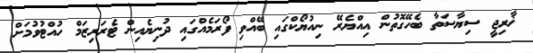
ޚާރިޖީ ސިޔާސަތާ ބެހޭގޮތުން އިއްޔެރޭ ނިއުޔޯކްގައި ބޭއްވި ފޯރަމެއްގައި ދުނިޔެއިން ޓެރަރިޒަމް ހުއްޓުވުމަށް